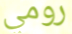
رومي